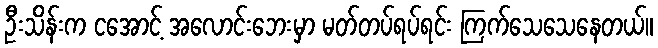
ဦးသိန်းက ငအောင့် အလောင်းဘေးမှာ မတ်တပ်ရပ်ရင်း ကြက်သေသေနေတယ်။